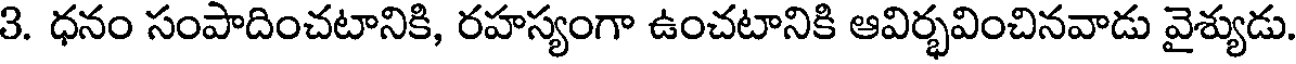
3. ధనం సంపాదించటానికి, రహస్యంగా ఉంచటానికి ఆవిర్భవించినవాడు వైశ్యుడు.